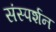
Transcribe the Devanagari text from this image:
संस्पर्शन